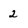
Character: 2